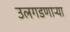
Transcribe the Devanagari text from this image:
उलगडणाऱ्या